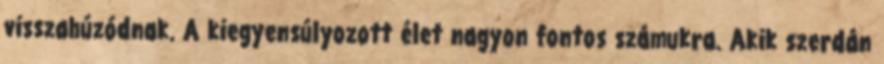
visszahúzódnak. A kiegyensúlyozott élet nagyon fontos számukra. Akik szerdán